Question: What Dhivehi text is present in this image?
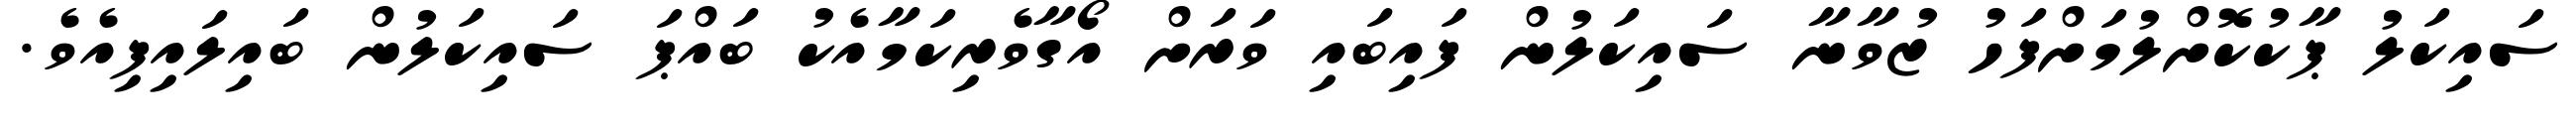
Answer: ސައިކަލު ޕާކުކޮށްލުމަށްފަހު ޒުވާނާ ސައިކަލުން ފައިބައި ވަރަށް އޯގާވެރިކަމާއެކު ބައްޕަ ސައިކަލުން ބައިލައިފިއެވެ.